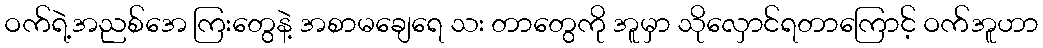
ဝက်ရဲ့အညစ်အေ ကြးတွေနဲ့ အစာမချေရေ သး တာတွေကို အူမှာ သိုလှောင်ရတာကြောင့် ဝက်အူဟာ